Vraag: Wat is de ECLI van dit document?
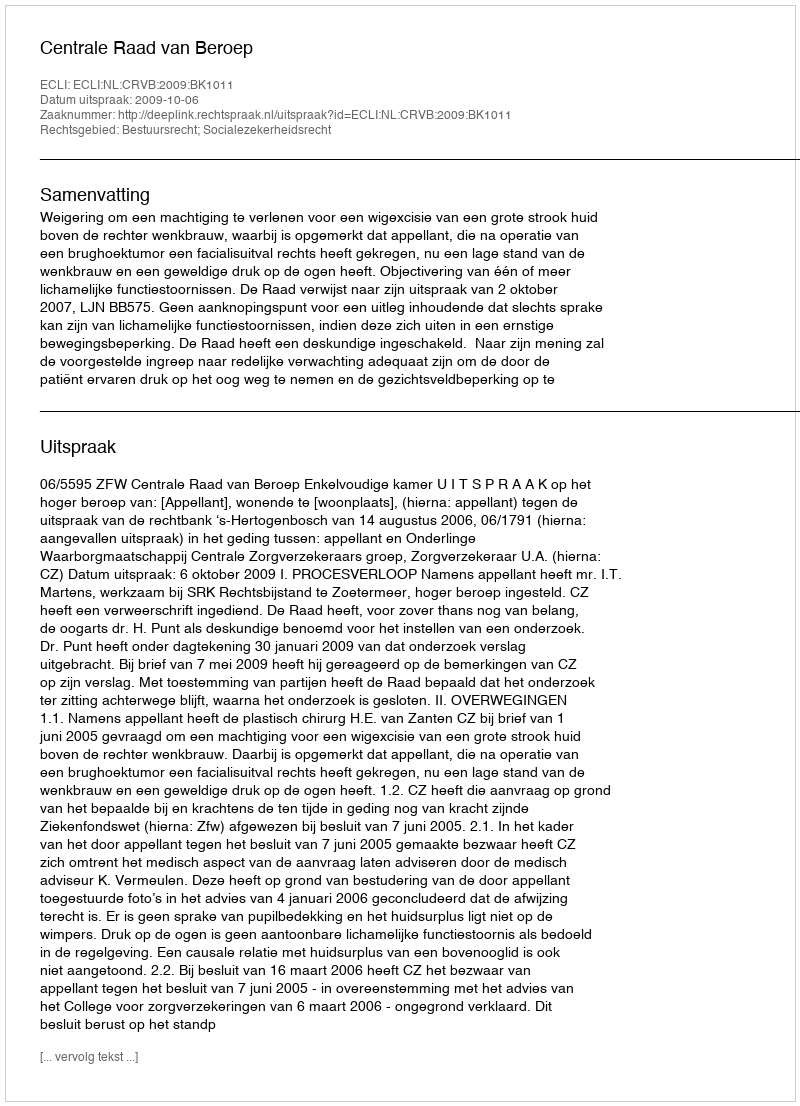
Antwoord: ECLI:NL:CRVB:2009:BK1011